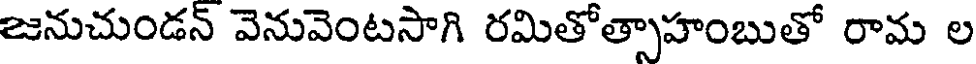
జనుచుండన్ వెనువెంటసాగి రమితోత్సాహంబుతో రామ ల